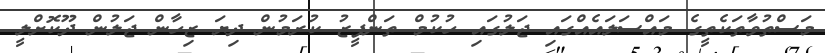
މަސްތުވާތަކެތީގެ މައްސަލައެއްގައި ޖަލުގައި ހުކުމް ތަންފީޒު ކުރަމުން ދިޔަ ޒިހާން ޖަލުން ދޫކޮށްލީ